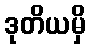
ဒုတိယမှိ